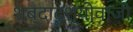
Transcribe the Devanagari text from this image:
शब्दादृश्योवाजी